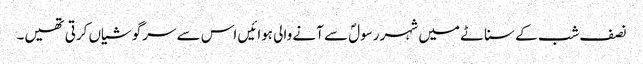
نصف شب کے سناٹے میں شہر رسولؐ سے آنے والی ہوائیں اس سے سرگوشیاں کرتی تھیں۔